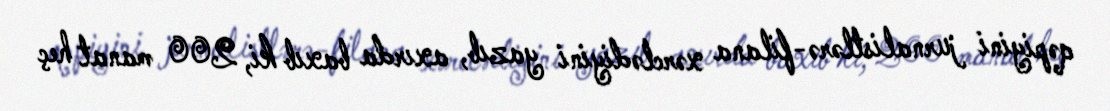
qəpiyini jurnalistlərə-filana xərclədiyini yazıb, axırda baxıb ki, 200 manat heç